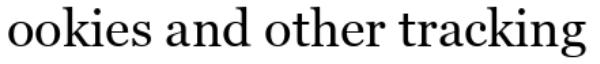
ookies and other tracking